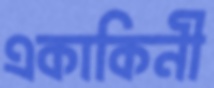
একাকিনী